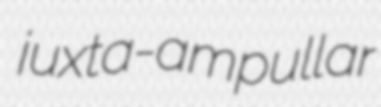
juxta-ampullar